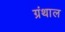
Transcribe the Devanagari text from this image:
ग्रंथाल